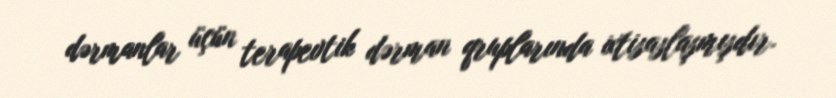
dərmanlar üçün terapevtik dərman qruplarında ixtisaslaşmışdır.